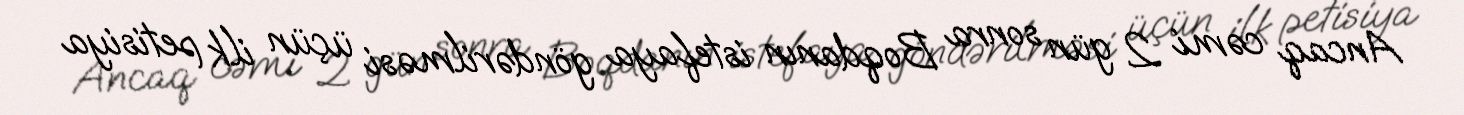
Ancaq cəmi 2 gün sonra Boqdanın istefaya göndərilməsi üçün ilk petisiya